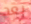
بعد